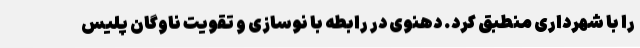
را با شهرداری منطبق کرد. دهنوی در رابطه با نوسازی و تقویت ناوگان پلیس